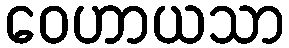
ဝေဟာယသာ